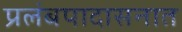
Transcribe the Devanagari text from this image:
प्रलंबपादासनात